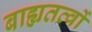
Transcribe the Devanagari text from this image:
बाह्यतत्वों